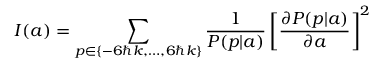
I ( a ) = \sum _ { p \in \{ - 6 \hbar k , \ldots , 6 \hbar k \} } \frac 1 { P ( p | a ) } \left[ \frac { \partial P ( p | a ) } { \partial a } \right] ^ { 2 }